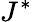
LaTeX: J^{*}